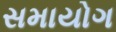
સમાયોગ